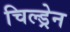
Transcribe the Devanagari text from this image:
चिल्‍ड्रेन